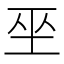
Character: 𭘆